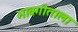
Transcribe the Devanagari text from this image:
भावगीताला